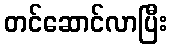
တင်ဆောင်လာပြီး